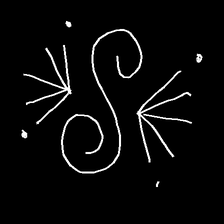
Glyph: aeroform